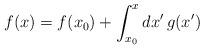
LaTeX: \begin{align*}f(x)=f(x_0)+\int_{x_0}^x dx' \, g(x') \, \end{align*}